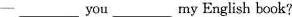
一_____you_____my English book?